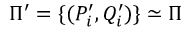
\Pi ^ { \prime } = \{ ( P _ { i } ^ { \prime } , Q _ { i } ^ { \prime } ) \} \simeq \Pi